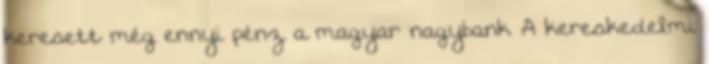
keresett még ennyi pénz a magyar nagybank A kereskedelmi